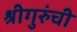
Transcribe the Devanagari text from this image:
श्रीगुरुंंची